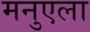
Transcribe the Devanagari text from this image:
मनुएला